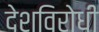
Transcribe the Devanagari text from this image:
देशविरोधी